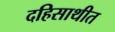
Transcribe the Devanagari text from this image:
दहिसाथीत